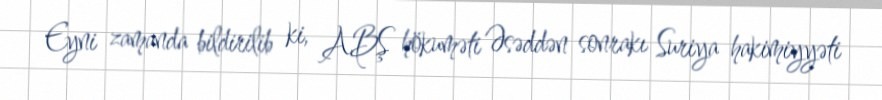
Eyni zamanda bildirilib ki, ABŞ hökuməti Əsəddən sonrakı Suriya hakimiyyəti